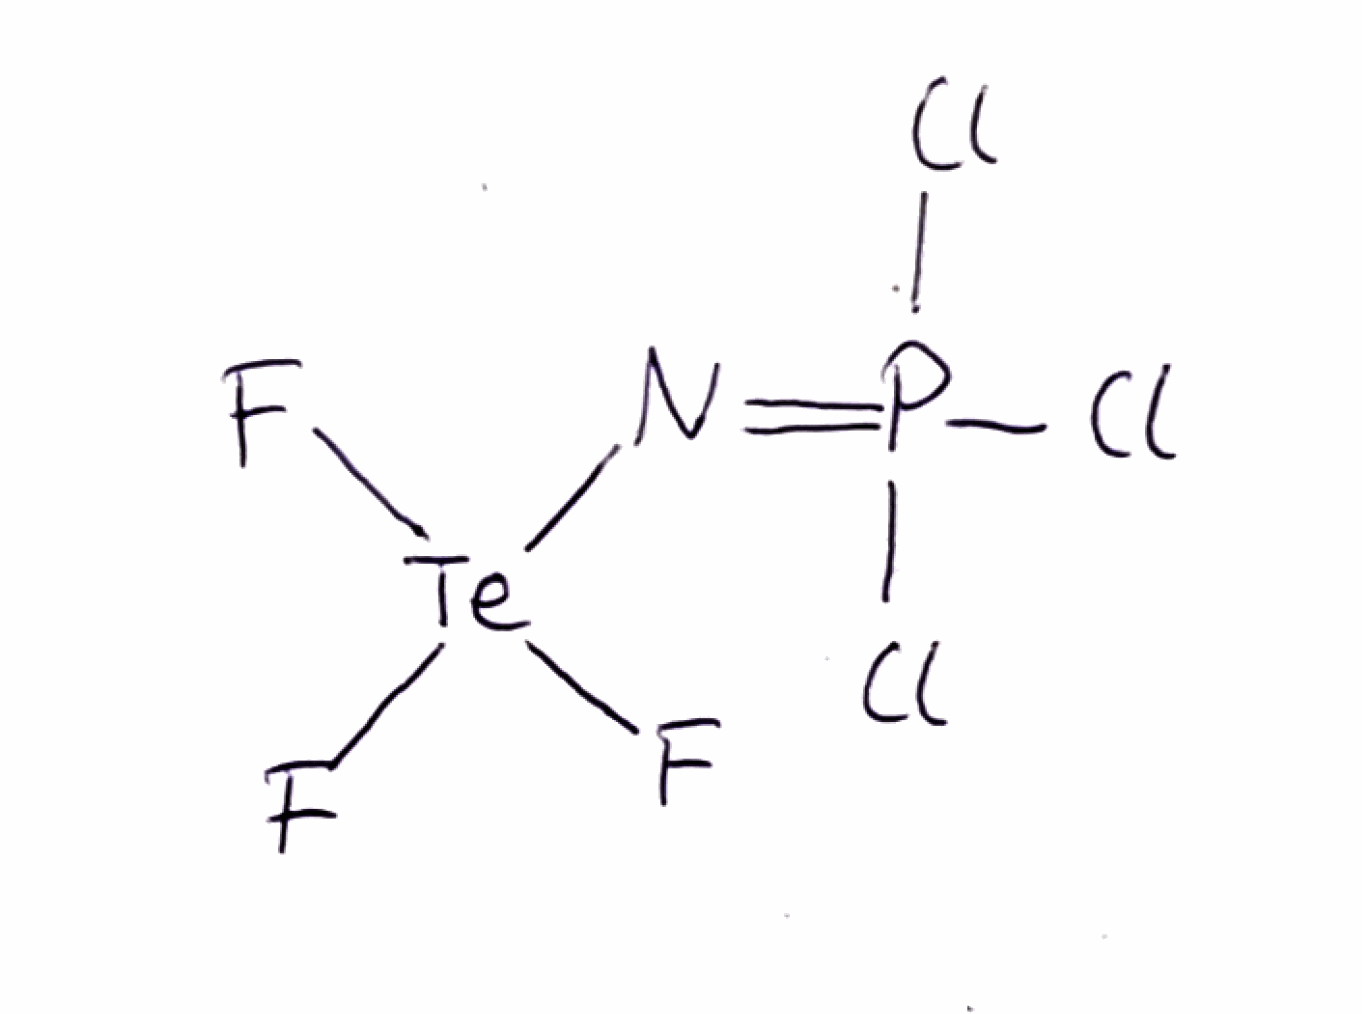
Simplified molecular-input line-entry system (SMILES) notation of the given molecule:
N(=P(Cl)(Cl)Cl)[Te](F)(F)F